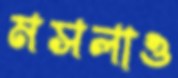
মসলাও